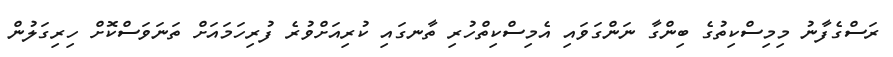
ރަސްގެފާނު މިމިސްކިތުގެ ބިންގާ ނަންގަވައި އެމިސްކިތްހުރި ތާނގައި ކުރިއަށްވުރެ ފުރިހަމައަށް ތަނަވަސްކޮށް ހިރިގަލުން